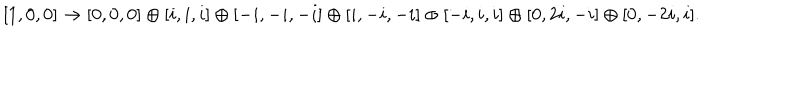
LaTeX: [ 1 , 0 , 0 ] \to [ 0 , 0 , 0 ] \oplus [ i , i , i ] \oplus [ - i , - i , - i ] \oplus [ i , - i , - i ] \oplus [ - i , i , i ] \oplus [ 0 , 2 i , - i ] \oplus [ 0 , - 2 i , i ] .